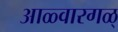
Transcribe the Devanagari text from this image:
आळ्वारगळ्